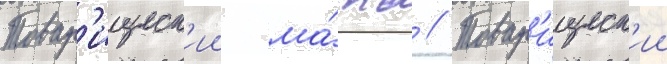
Товар'ищеск'ии ма́тч // Товар'ищеск'ии